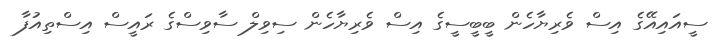
ސީއައިއޭގެ އިސް ވެރިޔާހެން ބީބީސީގެ އިސް ވެރިޔާހެން ސިވިލް ސާވިސްގެ ރައީސް އިސްތިއުފާ